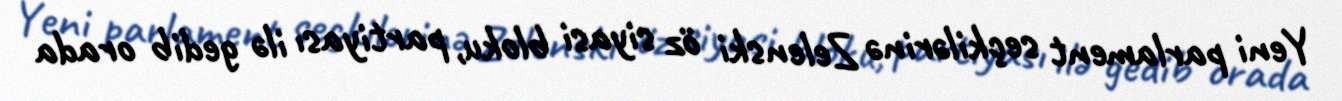
Yeni parlament seçkilərinə Zelenski öz siyasi bloku, partiyası ilə gedib orada